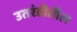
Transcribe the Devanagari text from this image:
उतरंडीतील